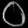
Digit: ၀